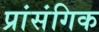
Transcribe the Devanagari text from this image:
प्रांसंगिक